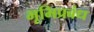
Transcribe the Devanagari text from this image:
भूमिप्रबंध